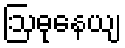
ဩဓုနေယျ